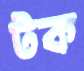
টক